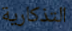
التذكارية